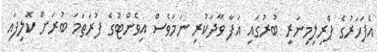
އެފަހަރުގެ ޕްރިލިމިނަރީ ބުރުގައި އަފާ ވާދަކުރި ނަމަވެސް އިވެންޓުގެ ފުރަތަމަ ބުރަށް ކޮލިފައި